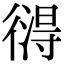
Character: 𢕚